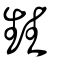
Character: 甡